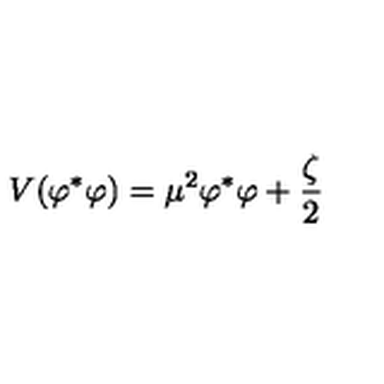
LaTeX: V ( \varphi ^ { \ast } \varphi ) = \mu ^ { 2 } \varphi ^ { \ast } \varphi + \frac { \zeta } { 2 }